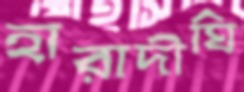
হারাদীঘি